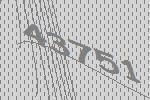
43751